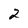
Character: 2